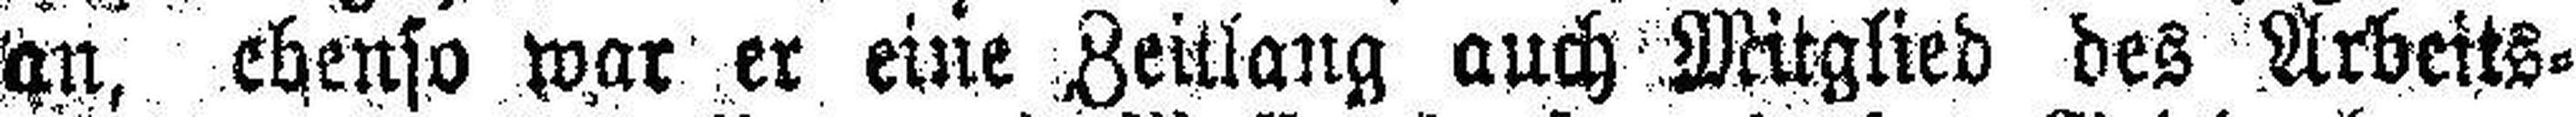
an, ebenso war er eine Zeitlang auch Mitglied des Arbeits¬